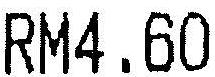
RM4.60